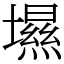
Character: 㙷